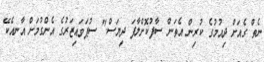
ނެތް ގެއަށް ދިއުމުގެ ކުރިން އެތަން ސާފުކޮށްލާފަ ދިޔަސް." ސުޕަވައިޒަރުގެ އެންގުމަށް އާނއެކޭ